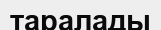
таралады